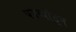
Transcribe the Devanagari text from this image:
पदव्यांतून